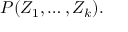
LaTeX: P ( Z _ { 1 } , \dots , Z _ { k } ) .